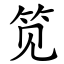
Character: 笕